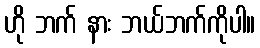
ဟို ဘက် နား ဘယ်ဘက်ကိုပါ။